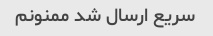
سریع ارسال شد ممنونم